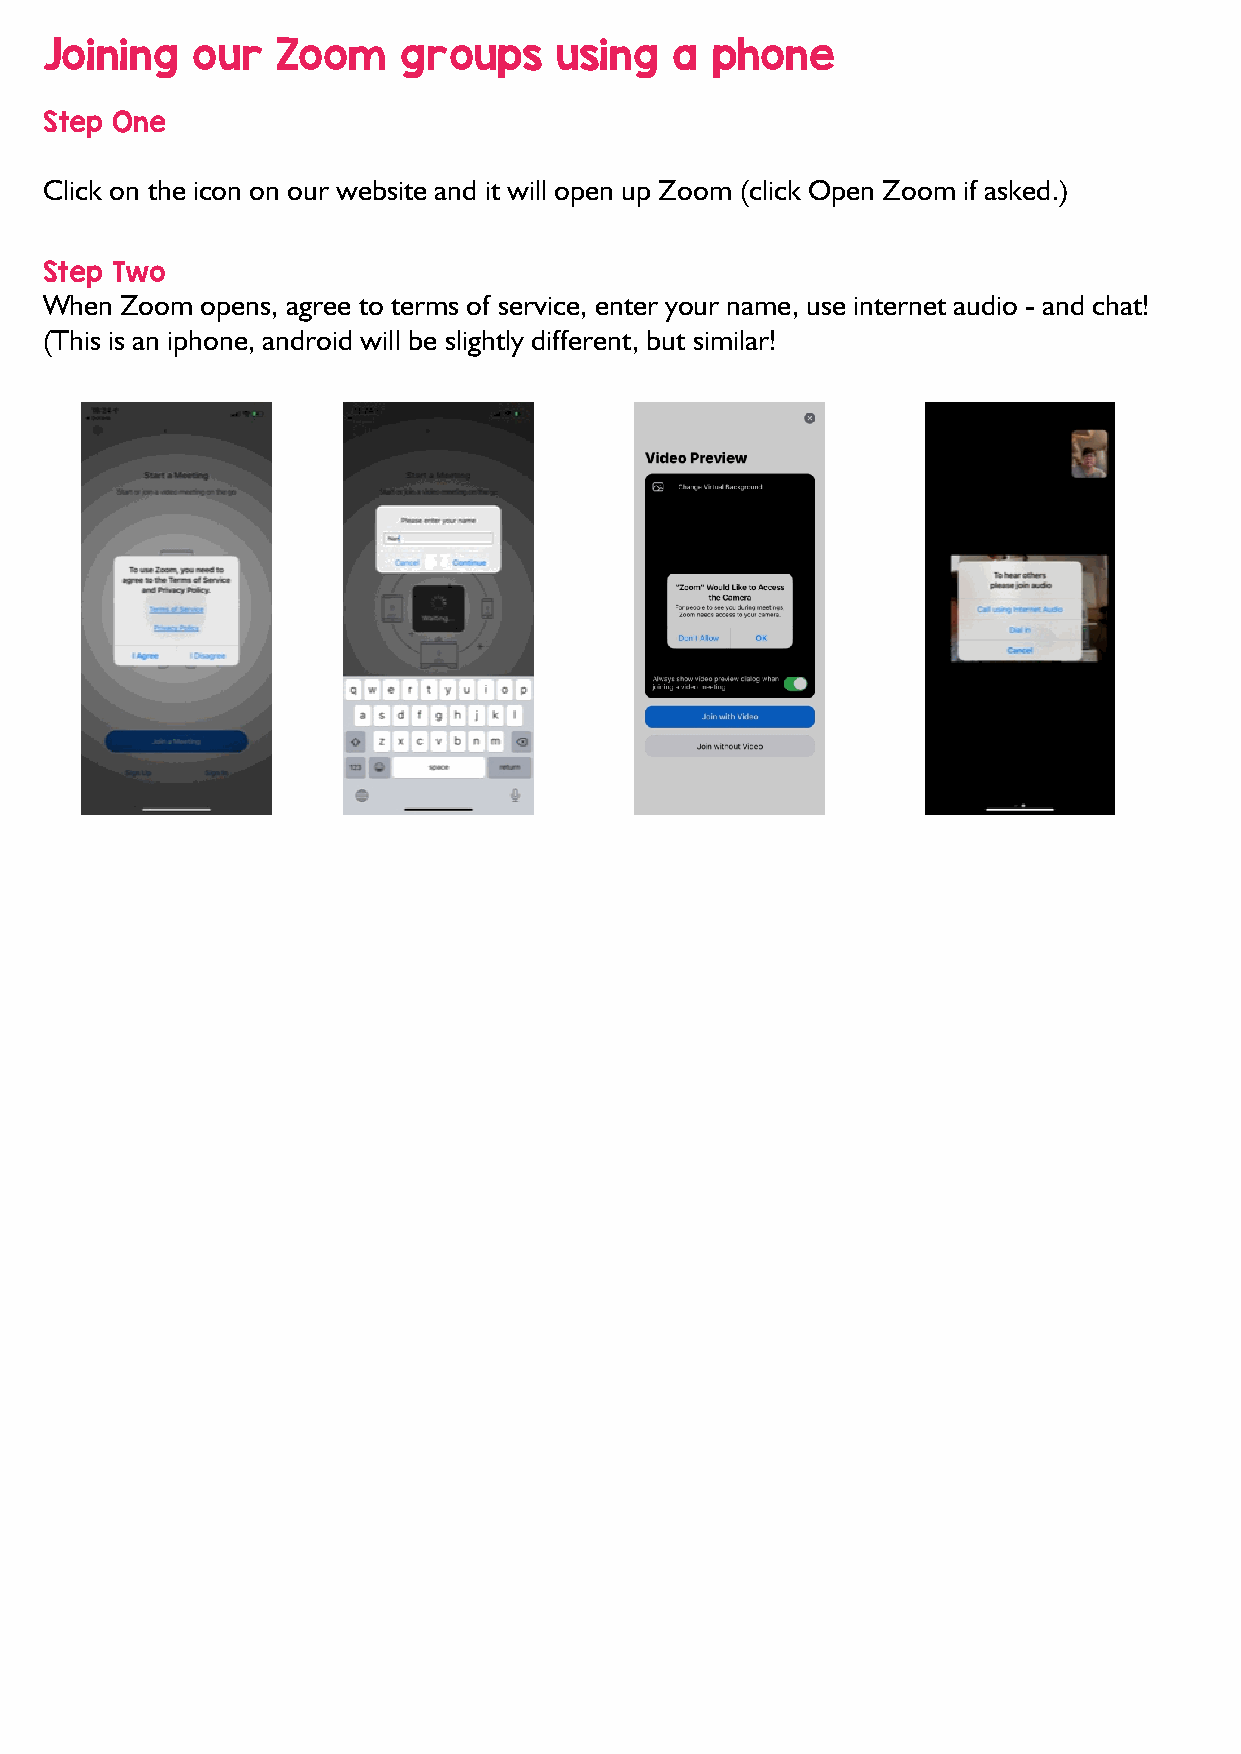
Joining   our  Zoom     groups    using  a  phone
 Step One
 Click on the icon on our website and it will open up Zoom (click Open Zoom if asked.)
 Step Two
 When Zoom opens, agree to terms of service, enter your name, use internet audio - and chat!
 (This is an iphone, android will be slightly different, but similar!